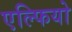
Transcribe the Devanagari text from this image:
एल्फियो